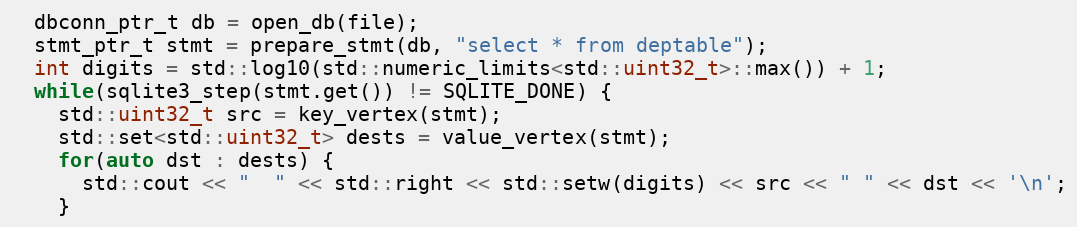
Language: C++
  dbconn_ptr_t db = open_db(file);
  stmt_ptr_t stmt = prepare_stmt(db, "select * from deptable");
  int digits = std::log10(std::numeric_limits<std::uint32_t>::max()) + 1;
  while(sqlite3_step(stmt.get()) != SQLITE_DONE) {
    std::uint32_t src = key_vertex(stmt);
    std::set<std::uint32_t> dests = value_vertex(stmt);
    for(auto dst : dests) {
      std::cout << "  " << std::right << std::setw(digits) << src << " " << dst << '\n';
    }